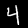
Digit: 4